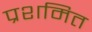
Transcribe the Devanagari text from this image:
प्रशमित